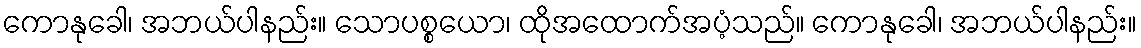
ကောနုခေါ၊ အဘယ်ပါနည်း။ သောပစ္စယော၊ ထိုအထောက်အပံ့သည်။ ကောနုခေါ၊ အဘယ်ပါနည်း။